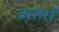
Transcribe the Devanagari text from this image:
वाशरों